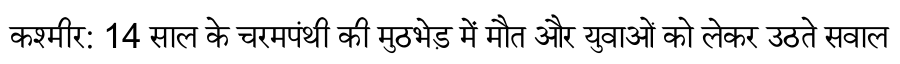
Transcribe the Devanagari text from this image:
कश्मीर: 14 साल के चरमपंथी की मुठभेड़ में मौत और युवाओं को लेकर उठते सवाल